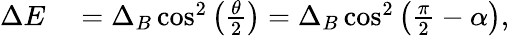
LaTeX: \begin{array}{rl}{\Delta E}&{{}=\Delta_{B}\cos^{2}\left(\frac{\theta}{2}\right)=\Delta_{B}\cos^{2}\left(\frac{\pi}{2}-\alpha\right),}\end{array}